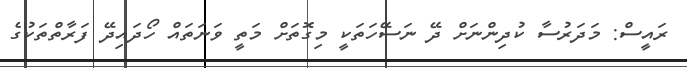
ރައީސް: މަދަރުސާ ކުދިންނަށް ދޭ ނަސޭހަތަކީ މިގޮތަށް މަތީ ވަނަތައް ހޯދައިދޭ ފަރާތްތަކުގެ